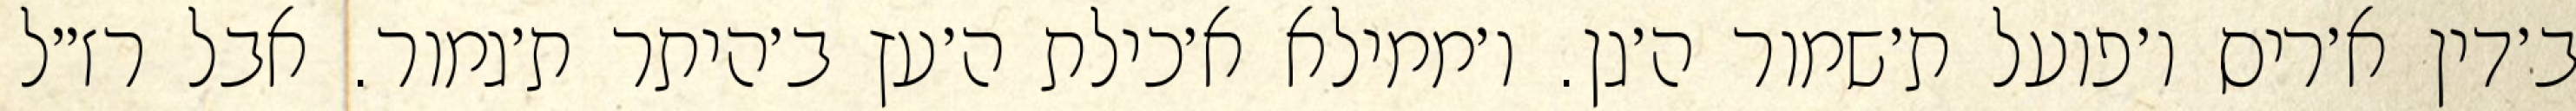
ב׳דין א׳ריס ו׳פועל ת׳שמור ה׳גן. ו׳ממילא א׳כילת ה׳עץ ב׳היתר ת׳גמור. אבל רז״ל